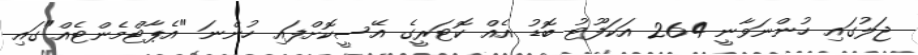
ޖަލުގައި ހުންނަވާނީ 264 އަކަފޫޓު ބޮޑު އެއް ކޮޓަރީގެ އޭސީކޮށްފައި ހުންނަ "އެޕާޓްމެންޓެއް"ގައި